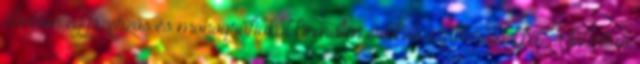
döntően egyszerzős és monográfiákat kiemelten értékelő szakterületekkel. A túlzottan